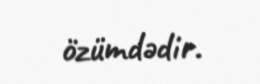
özümdədir.